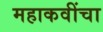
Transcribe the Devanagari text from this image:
महाकवींचा